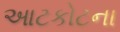
આટકોટના